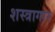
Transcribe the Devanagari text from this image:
शस्‍त्रागार